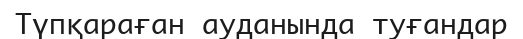
Түпқараған ауданында туғандар